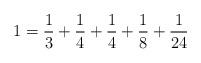
LaTeX: \begin{align*}1 = \frac{1}{3} + \frac{1}{4} + \frac{1}{4} + \frac{1}{8} + \frac{1}{24}\end{align*}